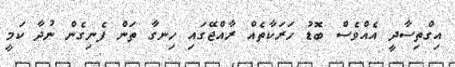
އިގްތިސާދީ އެއްވެސް ބޮޑު ހަރަކާތެއް ރާއްޖޭގައި ހިނގާ ތަން ފެނިގެން ނުދާ ކަމީ